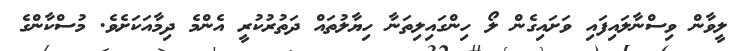
ލީވާން ވިސްނާލައިފައި ވަށައިގެން ލޯ ހިންގައިލިތަނާ ހިޔާލުތައް ދަތުރުކުރީ އެންމެ ދިމާއަކަށެވެ. މުސްކާންގެ